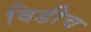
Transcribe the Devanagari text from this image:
विडीच